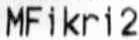
MFIKRI2